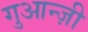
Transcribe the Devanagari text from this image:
गुआन्ज़ी